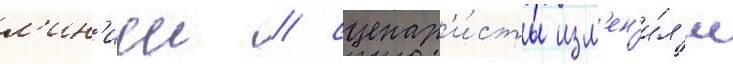
л'ин'иеи / сценар'и́сты изм'ен'и́л'и